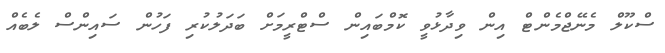
ސްކޫލް މެނޭޖްމެންޓް އިން ވިދާޅުވީ ކޮމްބައިން ސްޓްރީމަށް ބަދަލުކުރި ފަހުން ސައިންސް ލެބެއް